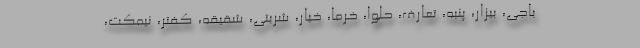
باجی، بیزار، پنبه، تعارف، حلوا، خرما، خیار، شربتی، شقیقه، کفتر، نیمکت،